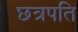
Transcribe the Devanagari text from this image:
छत्रपति